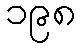
၁၉၈